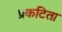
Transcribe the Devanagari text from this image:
प्रकटिता